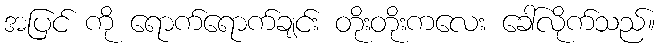
အပြင် ကို ရောက်ရောက်ချင်း တိုးတိုးကလေး ခေါ်လိုက်သည်။